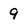
Character: 9